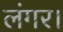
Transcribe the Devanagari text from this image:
लंगर।